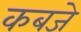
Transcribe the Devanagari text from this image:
कबजे